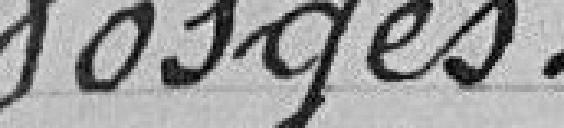
Vosges